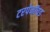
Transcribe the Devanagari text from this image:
टरपेनॉयड